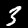
Digit: 3